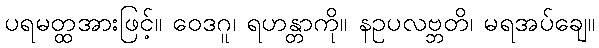
ပရမတ္ထအားဖြင့်။ ဝေဒဂူ၊ ရဟန္တာကို။ နဥပလဗ္ဘတိ၊ မရအပ်ချေ။